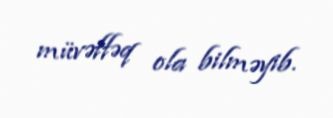
müvəffəq ola bilməyib.